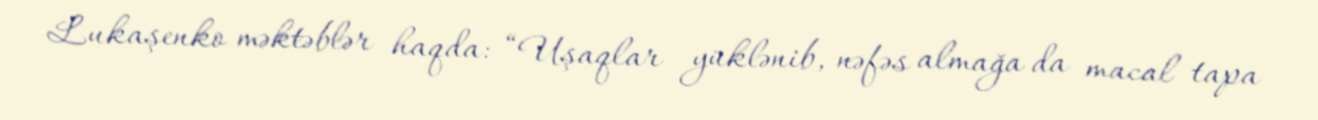
Lukaşenko məktəblər haqda: “Uşaqlar yüklənib, nəfəs almağa da macal tapa